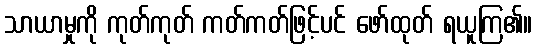
သာယာမှုကို ကုတ်ကုတ် ကတ်ကတ်ဖြင့်ပင် ဖော်ထုတ် ရယူကြ၏။